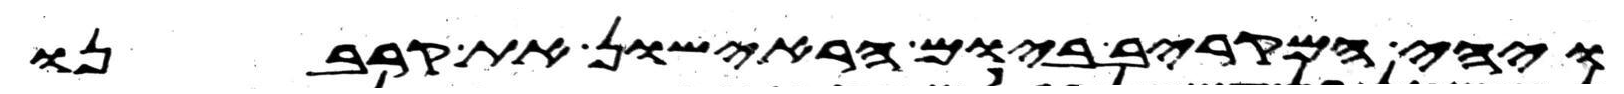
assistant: ויהי המקריב ביום הראישון את קרבנו